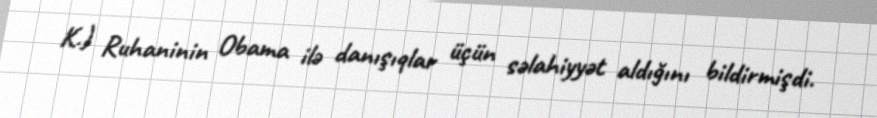
K.) Ruhaninin Obama ilə danışıqlar üçün səlahiyyət aldığını bildirmişdi.